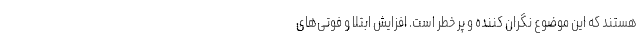
هستند که این موضوع نگران کننده و پر خطر است. افزایش ابتلا و فوتی‌های